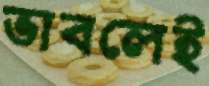
ভাবলেই